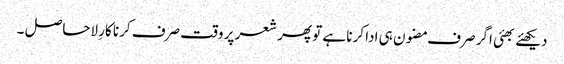
دیکھئے بھئی اگر صرف مضون ہی ادا کرنا ہے تو پھر شعر پر وقت صرف کرنا کارِ لاحاصل ۔